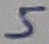
Text: 5